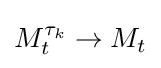
M_{t}^{\tau _{k}}\to M_{t}